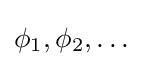
\phi _{1},\phi _{2},\dots